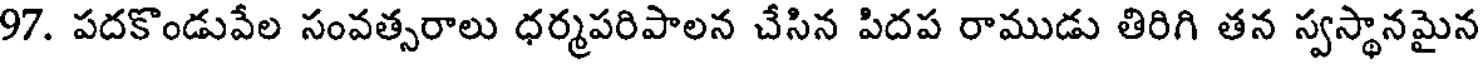
97. పదకొండువేల సంవత్సరాలు ధర్మపరిపాలన చేసిన పిదప రాముడు తిరిగి తన స్వస్థానమైన